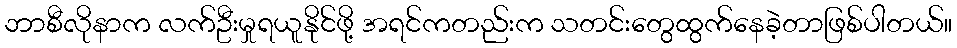
ဘာစီလိုနာက လက်ဦးမှုရယူနိုင်ဖို့ အရင်ကတည်းက သတင်းတွေထွက်နေခဲ့တာဖြစ်ပါတယ်။